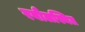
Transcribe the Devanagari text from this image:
रबौलस्थित